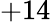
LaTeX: +14